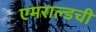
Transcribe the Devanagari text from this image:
एमराल्डची